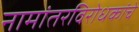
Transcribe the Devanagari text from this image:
नामांतरविरोधकांचे